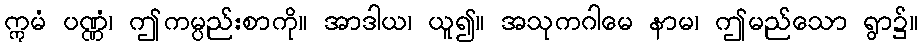
ဣမံ ပဏ္ဏံ၊ ဤကမ္ပည်းစာကို။ အာဒါယ၊ ယူ၍။ အသုကဂါမေ နာမ၊ ဤမည်သော ရွာ၌။